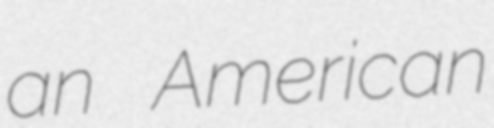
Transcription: an American